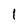
Character: 1